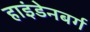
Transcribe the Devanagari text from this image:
हाइंडेनबर्ग